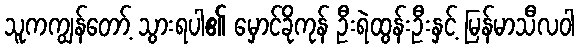
သူကကျွန်တော့် သွားရပါ၏ မှောင်ခိုကုန် ဦးရဲထွန်းဦးနှင့် မြန်မာသီလဝါ